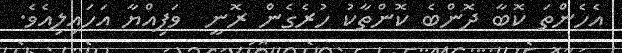
އެހެންތަ ކޮބާ ދޮންބެ ކޮންތާކު ހުރެގެން ރޮނީ  ވަފިއްޔާ އަހައިލިއެވެ.